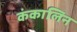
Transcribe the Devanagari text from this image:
कंकालिन